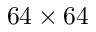
6 4 \times 6 4